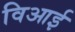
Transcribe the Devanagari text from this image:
विआई